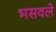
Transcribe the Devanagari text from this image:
भसवले